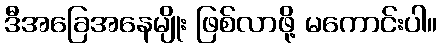
ဒီအခြေအနေမျိုး ဖြစ်လာဖို့ မကောင်းပါ။